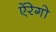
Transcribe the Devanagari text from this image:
ऐंरेगो